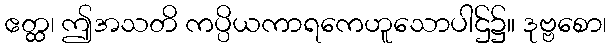
ဧတ္ထ၊ ဤအသတိ ကပ္ပိယကာရကေဟူသောပါဌ်၌။ ဒုဗ္ဗစော၊